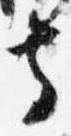
寺